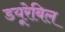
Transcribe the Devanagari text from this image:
डयूरेबिल